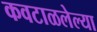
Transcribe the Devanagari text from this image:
कवटाळलेल्या